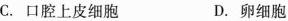
C.口腔上皮细胞 D.卵细胞